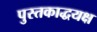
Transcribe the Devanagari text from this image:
पुस्तकाद्धयक्ष